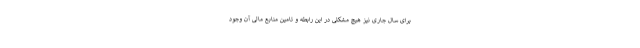
برای سال جاری نیز هیچ مشکلی در این رابطه و تامین منابع مالی آن وجود